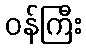
ဝန်ကြီး